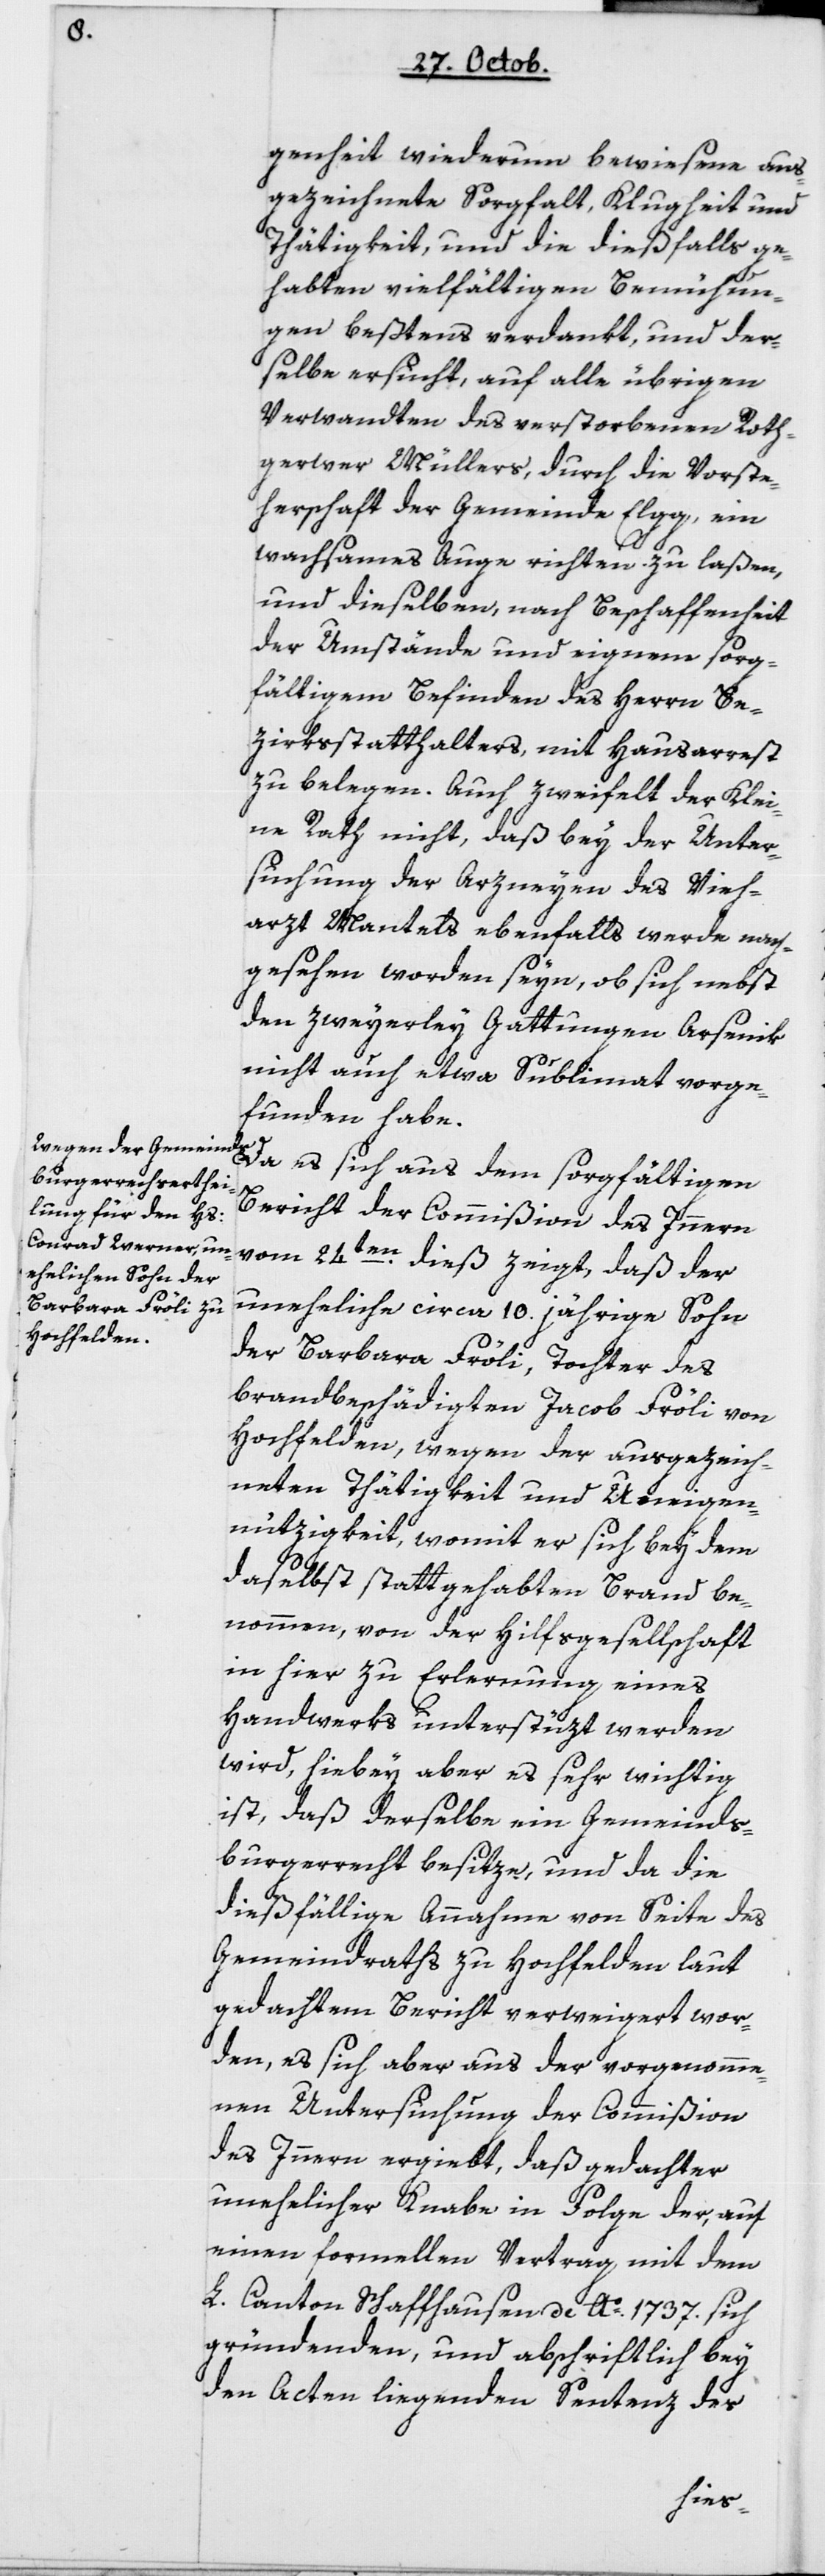
genheit wiederum bewiesene aus¬
gezeichnete Sorgfalt, Klugheit und
Thätigkeit, und die dießfalls ge¬
habten vielfältigen Bemühun¬
gen beßtens verdankt, und der¬
selbe ersucht, auf alle übrigen
Verwandten des verstorbenen Roth¬
gerwer Müllers, durch die Vorste¬
herschaft der Gemeinde Elgg, ein
wachsames Auge richten zu laßen,
und dieselben, nach Beschaffenheit
der Umstände und eigenem sorg¬
fältigem Befinden des Herrn Be¬
zirksstatthalters, mit Hausarrest
zu belegen. Auch zweifelt der Klei¬
ne Rath nicht, daß bey der Unter¬
suchung der Arzneien des Vieh¬
arzt Mantels ebenfalls werde nach¬
gesehen worden seyn, ob sich nebst
den zweyerlei Gattungen Arsenik
nicht auch etwa Sublimat vorge¬
funden habe.
Da es sich aus dem sorgfältigen
Bericht der Commißion des Innern
vom 24ten dieß zeigt, daß der
uneheliche circa 10jährige Sohn
der Barbara Fröli, Tochter des
brandbeschädigten Jacob Fröli von
Hochfelden, wegen der ausgezeich¬
neten Thätigkeit und Uneigen¬
nützigkeit, womit er sich bey dem
daselbst stattgehabten Brand be¬
nommen, von der Hilfsgesellschaft
in hier zu Erlernung eines
Handwerks unterstützt werden
wird, hierbey aber es sehr wichtig
ist, daß derselbe ein Gemeinds¬
burgerrecht besitze, und da die
dießfällige Annahme von Seite des
Gemeindrathszu Hochfelden laut
gedachtem Bericht verweigert wor¬
den, es sich aber aus der vorgenomme¬
nen Untersuchung der Commißion
des Innern ergiebt, daß gedachter
unehelicher Knabe in Folge der, auf
einen formellen Vertrag mit dem
L. Canton Schaffhausen de Ao. 1737 sich
gründenden, und abschriftlich bey
den Acten liegenden Sentenz des